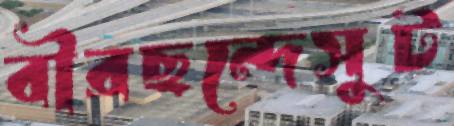
বীরছন্দেসুট